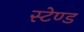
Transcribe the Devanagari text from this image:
स्‍टेण्‍ड